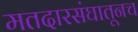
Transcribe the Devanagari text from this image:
मतदारसंघातूनच